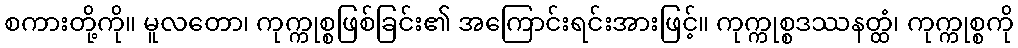
စကားတို့ကို။ မူလတော၊ ကုက္ကုစ္စဖြစ်ခြင်း၏ အကြောင်းရင်းအားဖြင့်။ ကုက္ကုစ္စဒဿနတ္ထံ၊ ကုက္ကုစ္စကို